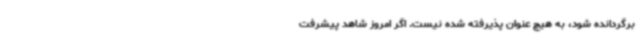
برگردانده شود، به هیچ عنوان پذیرفته شده نیست. اگر امروز شاهد پیشرفت